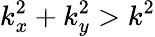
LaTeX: k_{x}^{2}+k_{y}^{2}>k^{2}